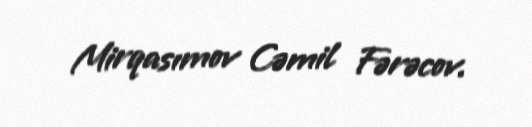
Mirqasımov Cəmil Fərəcov.